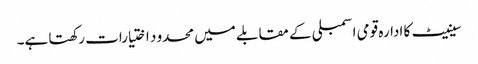
سینیٹ کا ادارہ قومی اسمبلی کے مقابلے میں محدو د اختیارات رکھتا ہے۔